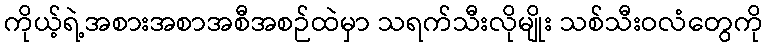
ကိုယ့်ရဲ့အစားအစာအစီအစဉ်ထဲမှာ သရက်သီးလိုမျိုး သစ်သီးဝလံတွေကို